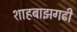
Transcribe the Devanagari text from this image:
शाहबाझगढी